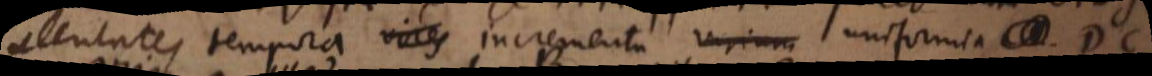
_ tempora vires incrementa virium uniformia DC